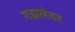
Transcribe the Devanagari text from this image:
गझलेवर